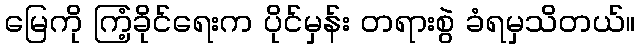
မြေကို ကြံ့ခိုင်ရေးက ပိုင်မှန်း တရားစွဲ ခံရမှသိတယ်။